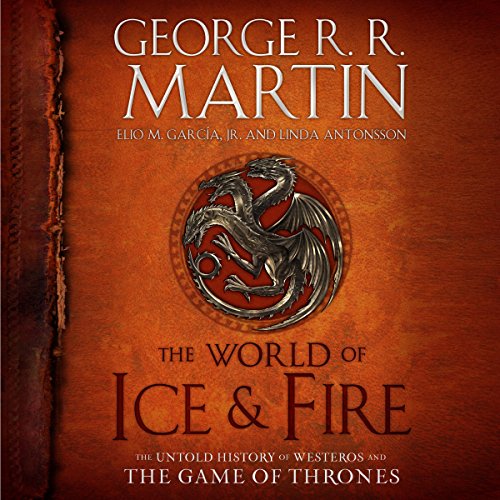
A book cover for The World of Ice & Fire: The Untold History of Westeros and the Game of Thrones; George R. R. Martin; Literature & Fiction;